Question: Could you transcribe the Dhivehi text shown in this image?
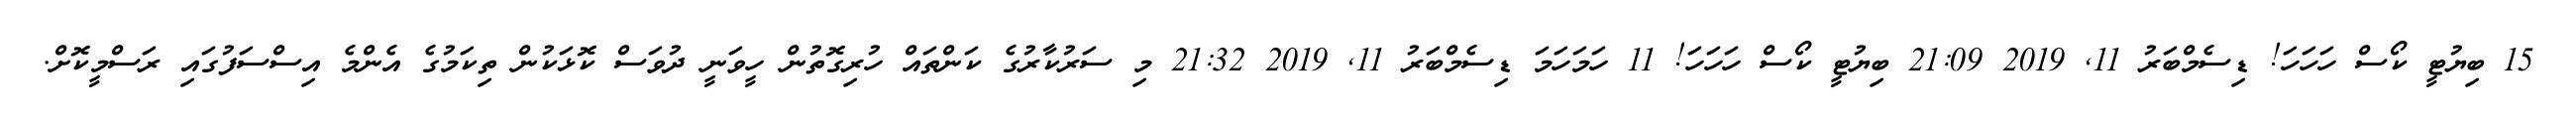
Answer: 15 ބިޔުޓީ ކޯސް ހަހަހަ! ޑިސެމްބަރު 11, 2019 21:09 ބިޔުޓީ ކޯސް ހަހަހަ! 11 ހަމަހަމަ ޑިސެމްބަރު 11, 2019 21:32 މި ސަރުކާރުގެ ކަންތައް ހުރިގޮތުން ހީވަނީ ދުވަސް ކޮޅަކުން ތިކަމުގެ އެންމެ އިސްސަފުގައި ރަސްމީކޮށް.